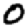
Digit: 0